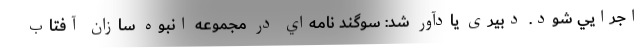
اجرايي شود. دبیری یادآور شد: سوگند نامه‌اي در مجموعه انبوه سازان آفتاب